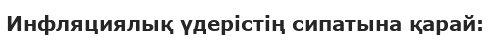
Инфляциялық үдерістің сипатына қарай: